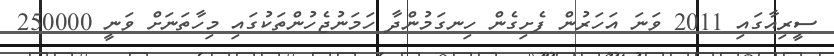
ސީރިއާގައި 2011 ވަނަ އަހަރުން ފެށިގެން ހިނގަމުންދާ ހަަމަނުޖެހުންތަކުގައި މިހާތަނަށް ވަނީ 250000